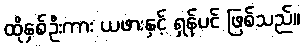
ထိုနှစ်ဦးကား ယဖားနှင့် ရှန်ပင် ဖြစ်သည်။